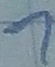
Text: 1